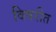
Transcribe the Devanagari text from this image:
विषरीत